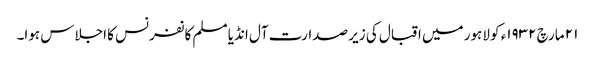
٢١ مارچ ١٩٣٢ء کو لاہور میں اقبال کی زیر صدارت آل انڈیا مسلم کانفرنس کا اجلاس ہوا۔